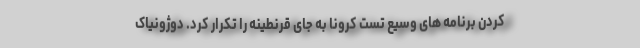
کردن برنامه های وسیع تست کرونا به جای قرنطینه را تکرار کرد. دوژونیاک